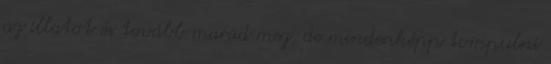
az illatot és tovább marad meg, de mindenképp tompulni